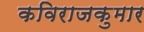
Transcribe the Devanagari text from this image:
कविराजकुमार